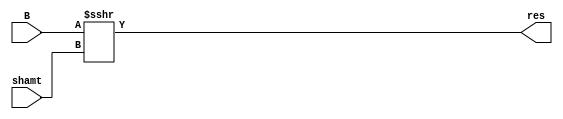
`timescale 1ns / 1ps
//////////////////////////////////////////////////////////////////////////////////
// Company: 
// Engineer: 
// 
// Design Name: 
// Module Name:    shift_operator 
// Project Name: 
// Target Devices: 
// Tool versions: 
// Description: 
//
// Dependencies: 
//
// Revision: 
// Revision 0.01 - File Created
// Additional Comments: 
//
//////////////////////////////////////////////////////////////////////////////////
module shift_operator(B, shamt, res);

input 	[31:0]	B;
input		[4:0]		shamt;
output 	[31:0]	res;

wire	signed [31:0]	 B;


assign 	res = B >>> shamt;

endmodule